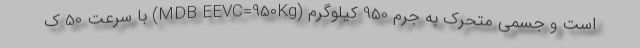
است و جسمی متحرک به جرم 950 کیلوگرم (MDB EEVC=950Kg) با سرعت 50 ک